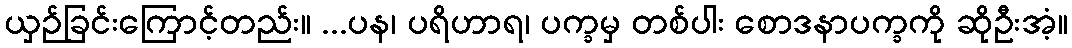
ယှဉ်ခြင်းကြောင့်တည်း။ ...ပန၊ ပရိဟာရ၊ ပက္ခမှ တစ်ပါး စောဒနာပက္ခကို ဆိုဦးအံ့။